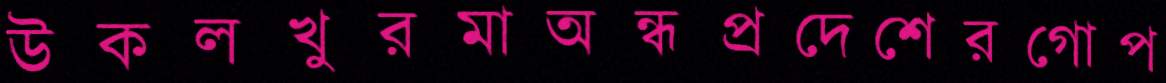
উকলখুরমাঅন্ধপ্রদেশেরগোপ